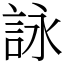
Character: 詠